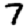
Digit: 7